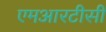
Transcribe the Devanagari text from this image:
एमआरटीसी